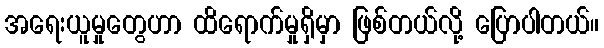
အရေးယူမှုတွေဟာ ထိရောက်မှုရှိမှာ ဖြစ်တယ်လို့ ပြောပါတယ်။